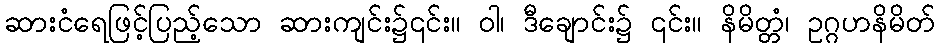
ဆားငံရေဖြင့်ပြည့်သော ဆားကျင်း၌၎င်း။ ဝါ၊ ဒီချောင်း၌ ၎င်း။ နိမိတ္တံ၊ ဥဂ္ဂဟနိမိတ်